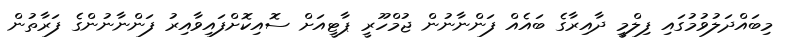
މިބައްދަލުވުމުގައި ފިލްމީ ދާއިރާގެ ބައެއް ފަންނާނުން ޖުމްހޫރީ ޕާޓީއަށް ސޮއިކޮށްފައިވާއިރު ފަންނާނުންގެ ފަރާތުން